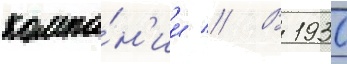
компа́н'ии // В 1930